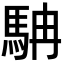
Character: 𩢡